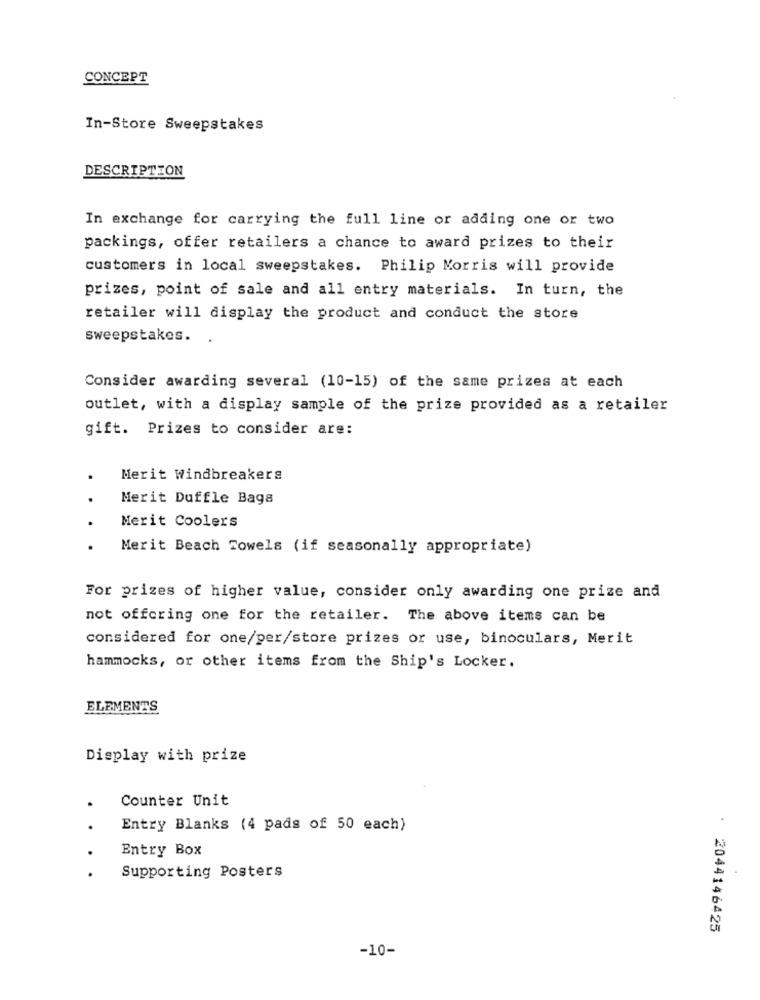
CONCEPT
In-Store Sweepstakes
DESCRIPTION
In exchange for carrying the full line or adding one or two
packings, offer retailers a chance to award prizes to their
customers in local sweepstakes. Philip Morris will provide
prizes, point of sale and all entry materials. In turn, the
retailer will display the product and conduct the store
sweepstakes.
Consider awarding several (10-15) of the same prizes at each
outlet, with a display sample of the prize provided as a retailer
gift. Prizes to consider are:
Merit Windbreakers
Merit Duffle Baga
Merit Coolers
.
Merit Beach Towels (if seasonally appropriate)
For prizes of higher value, consider only awarding one prize and
not offering one for the retailer. The above items can be
considered for one/per/store prizes or use, binoculars, Merit
hammocks, or other items from the Ship's Locker.
ELEMENTS
Display with prize
Counter Unit
. .
.
Entry Blanks (4 pads of 50 each)
Entry Box
. .
Supporting Posters
2044146425
-10-